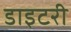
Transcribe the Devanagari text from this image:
डाइटरी